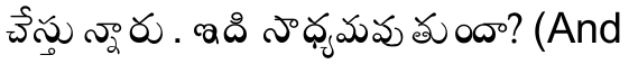
చేస్తున్నారు. ఇది సాధ్యమవుతుందా? (And